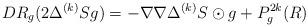
LaTeX: \begin{align*} DR_g(2\Delta^{(k)}S g) = -\nabla\nabla\Delta^{(k)}S\odot g + P^{2k}_g(R)\end{align*}